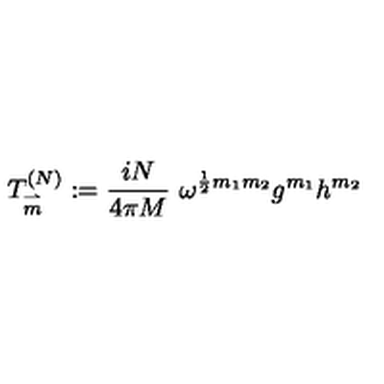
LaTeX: T _ { \stackrel { \rightharpoonup } { m } } ^ { ( N ) } : = \frac { i N } { 4 \pi M } \ \omega ^ { \frac { 1 } { 2 } m _ { 1 } m _ { 2 } } g ^ { m _ { 1 } } h ^ { m _ { 2 } }